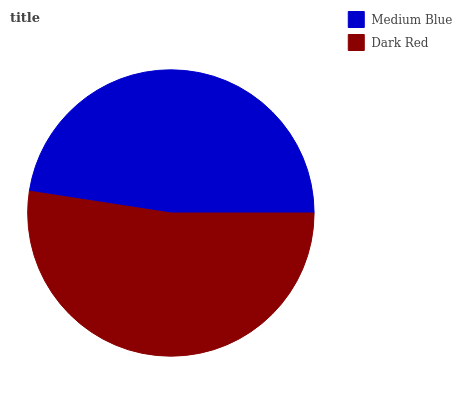
| Medium Blue | Dark Red |
 | --- | --- |
 | 47.6% | 52.4% |